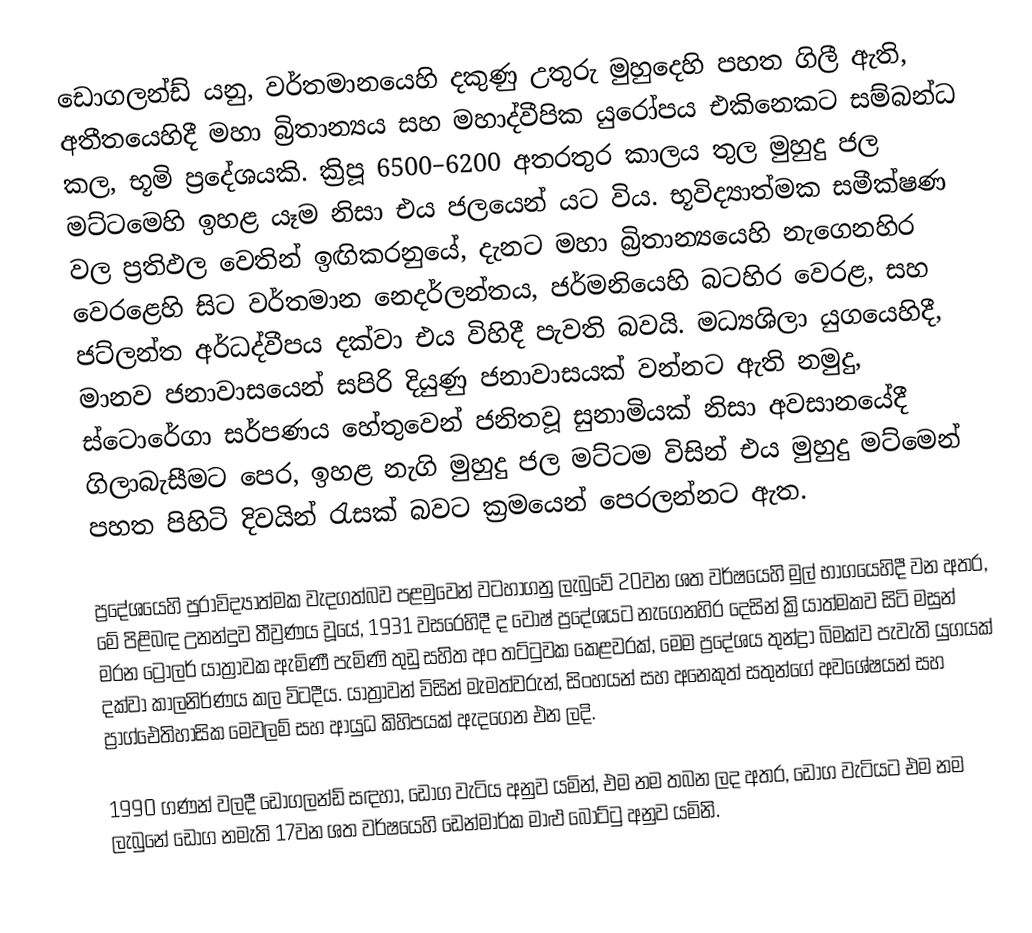
ඩොගලන්ඩ් යනු, වර්තමානයෙහි දකුණු උතුරු මුහුදෙහි පහත ගිලී ඇති, අතීතයෙහිදී මහා බ්‍රිතාන්‍යය සහ මහාද්වීපික යුරෝපය එකිනෙකට සම්බන්ධ කල, භූමි ප්‍රදේශයකි. ක්‍රිපූ 6500–6200 අතරතුර කාලය තුල මුහුදු ජල මට්ටමෙහි ඉහළ යෑම නිසා එය ජලයෙන් යට විය. භූවිද්‍යාත්මක සමීක්ෂණ වල ප්‍රතිඵල වෙතින් ඉඟිකරනුයේ, දැනට මහා බ්‍රිතාන්‍යයෙහි නැගෙනහිර වෙරළෙහි සිට වර්තමාන නෙදර්ලන්තය, ජර්මනියෙහි බටහිර වෙරළ, සහ ජට්ලන්ත අර්ධද්වීපය දක්වා එය විහිදී පැවති බවයි. මධ්‍යශිලා යුගයෙහිදී, මානව ජනාවාසයෙන් සපිරි දියුණු ජනාවාසයක් වන්නට ඇති නමුදු,  ස්ටොරේගා සර්පණය හේතුවෙන් ජනිතවූ සුනාමියක් නිසා අවසානයේදී ගිලාබැසීමට පෙර, ඉහළ නැගි මුහුදු ජල මට්ටම විසින් එය මුහුදු මට්මෙන් පහත පිහිටි දිවයින් රැසක් බවට ක්‍රමයෙන් පෙරලන්නට ඇත.

ප්‍රදේශයෙහි පුරාවිද්‍යාත්මක වැදගත්බව පළමුවෙන් වටහාගනු ලැබුවේ 20වන ශත වර්ෂයෙහි මුල් භාගයෙහිදී වන අතර, මේ පිළිබඳ උනන්දුව තීව්‍රණය වූයේ, 1931 වසරෙහිදී ද වොෂ් ප්‍රදේශයට නැගෙනහිර දෙසින් ක්‍රියාත්මකව සිටි මසුන් මරන ට්‍රෝලර් යාත්‍රාවක ඇමිණී පැමිණි තුඩු සහිත අං තට්ටුවක කෙළවරක්, මෙම ප්‍රදේශය  තුන්ද්‍රා බිමක්ව පැවැති යුගයක් දක්වා කාලනිර්ණය කල විටදීය. යාත්‍රාවන් විසින් මැමත්වරුන්, සිංහයන් සහ අනෙකුත් සතුන්ගේ අවශේෂයන් සහ ප්‍රාග්ඓතිහාසික මෙවලම් සහ ආයුධ කිහිපයක් ඇදගෙන එන ලදි.

1990 ගණන් වලදී ඩොගලන්ඩ් සඳහා,  ඩොග වැටිය අනුව යමින්, එම නම තබන ලද අතර, ඩොග වැටියට එම නම ලැබුනේ ඩොග නමැති 17වන ශත වර්ෂයෙහි ඩෙන්මාර්ක මාළු බෝට්ටු අනුව යමිනි.